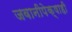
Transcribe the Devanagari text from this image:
जवानीपेक्षाही